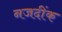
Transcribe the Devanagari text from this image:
नजदींक